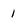
Character: 1